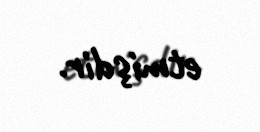
etmişdir.